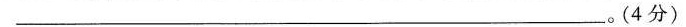
___。(4分)